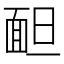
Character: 𩈍